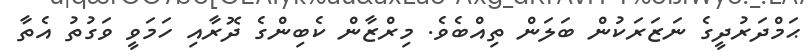
ޙަމްދަރުދީގެ ނަޒަރަކުން ބަލަން ތިއްބެވެ. މިރްޒާން ކެބިންގެ ދޮރާއި ހަމަވީ ވަގުތު އެތާ